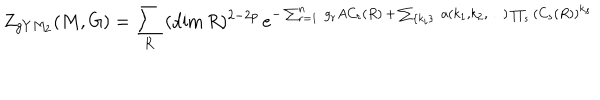
LaTeX: Z _ { g Y M _ { 2 } } ( M , G ) = \sum _ { R } \, ( \dim R ) ^ { 2 - 2 p } \, e ^ { - \sum _ { r = 1 } ^ { n } \, g _ { r } A C _ { r } ( R ) \, + \, \sum _ { \{ k _ { i } \} } \, a ( k _ { 1 } , k _ { 2 } , \ldots ) \prod _ { s } \, ( C _ { s } ( R ) ) ^ { k _ { s } } }